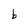
Character: b